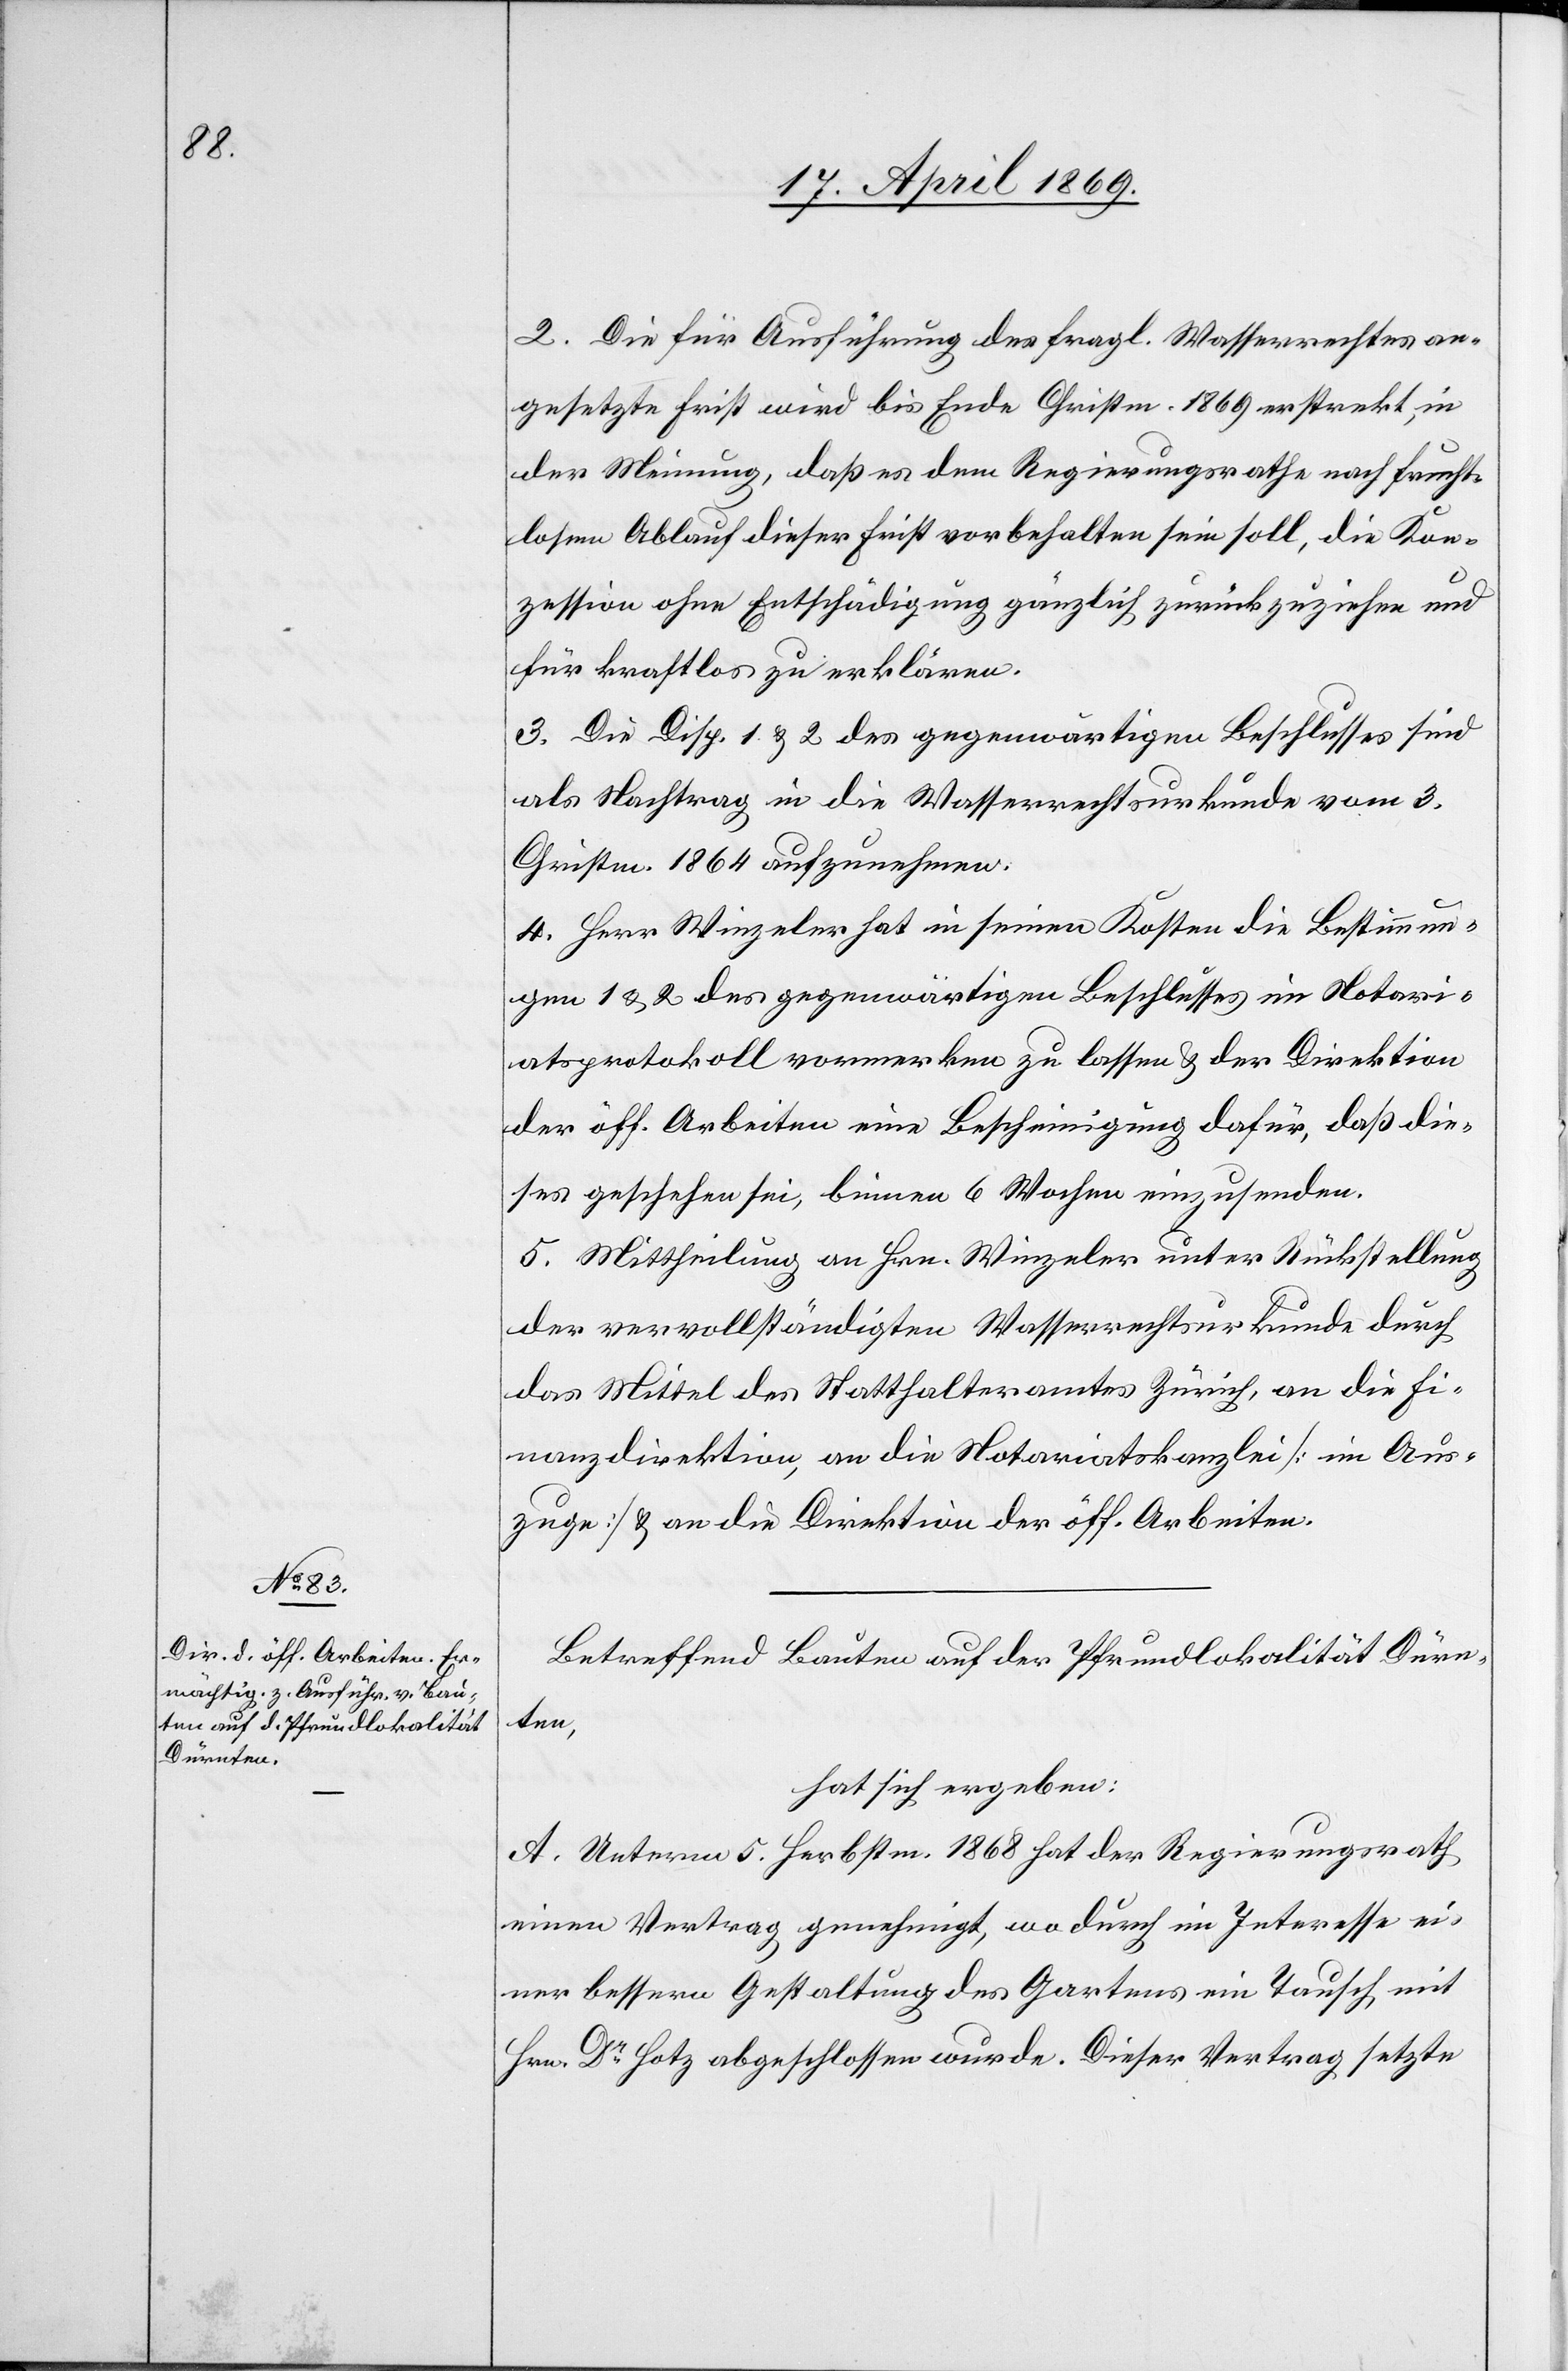
2. Die für Ausführung des fragl. Wasserrechtes an¬
gesetzte Frist wird bis Ende Christm. 1869 erstreckt, in
der Meinung, daß es dem Regierungsrathe nach Frucht¬
losem Ablauf dieser Frist vorbehalten sein soll, die Kon¬
zession ohne Entschädigung gänzlich zurückzuziehen und
für kraftlos zu erklären.
3. Die Disp. 1 u. 2. des gegenwärtigen Beschlusses sind
als Nachtrag in die Wasserrechtsurkunde vom 3.
Christm. 1864 aufzunehmen.
4. Herr Winzeler hat in seinen Kosten die Bestimmun¬
g 1 u. 2 des gegenwärtigen Beschlusses im Notari¬
atsprotokoll vormerken zu lassen u. der Direktion
der öff. Arbeiten eine Bescheinigung dafür, daß die¬
ses geschehen sei, binnen 6 Wochen einzusenden.
5. Mittheilung an Hrn. Winzeler unter Rückstellung
der vervollständigten Wasserrrechtsurkunde durch
das Mittel des Statthalteramtes Zürich, an die Fi¬
nanzdirektion, an die Notariatskanzlei [im Aus¬
zuge] u. an die Direktion der öff. Arbeiten.
Betreffend Bauten auf der Pfrundlokalität Dürn¬
ten,
hat sich ergeben:
A. Unterm 5. Herbstm. 1868 hat der Regierungsrath
einen Vertrag genehmigt, wo durch im Interesse ei¬
ner bessern Gestaltung des Gartens ein Tausch mit
Hrn. Dr Hotz abgeschlossen wurde. Dieser Vertrag setzte